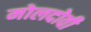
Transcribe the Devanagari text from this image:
मोलदोवी